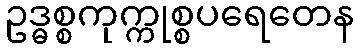
ဥဒ္ဓစ္စကုက္ကုစ္စပရေတေန